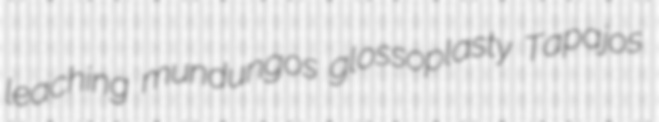
leaching mundungos glossoplasty Tapajos